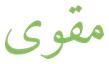
مقوى